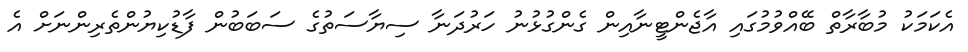
އެކަމަކު މުބާރާތް ބޭއްވުމުގައި އާޖެންޓީނާއިން ގެންގުޅުނު ހަރުދަނާ ސިޔާސަތުގެ ސަބަބުން ފާޑުކިޔުންތެރިންނަށް އެ